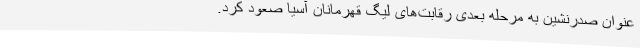
عنوان صدرنشین به مرحله بعدی رقابت‌های لیگ قهرمانان آسیا صعود کرد.